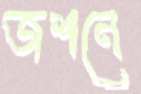
জশনে